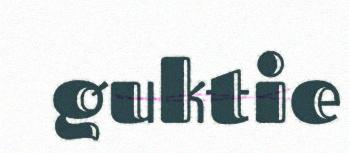
guktie